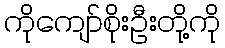
ကိုကျော်စိုးဦးတို့ကို